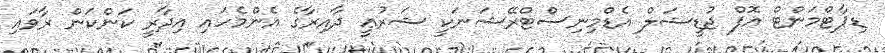
ޑިޕާޓްމަންޓް އޮފް ޖުޑީޝަލް އެޑްމިނިސްޓްރޭޝަނަކީ ޝަރުޢީ ދާއިރާގެ އެންމެހައި އިދާރީ ކަންކަން ރާވައި